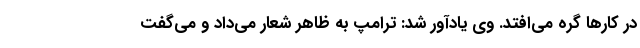
در کارها گره می‌افتد. وی یادآور شد: ترامپ به ظاهر شعار می‌داد و می‌گفت